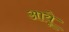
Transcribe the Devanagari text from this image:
आयूे